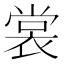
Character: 裳